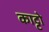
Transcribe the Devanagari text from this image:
काट्टो